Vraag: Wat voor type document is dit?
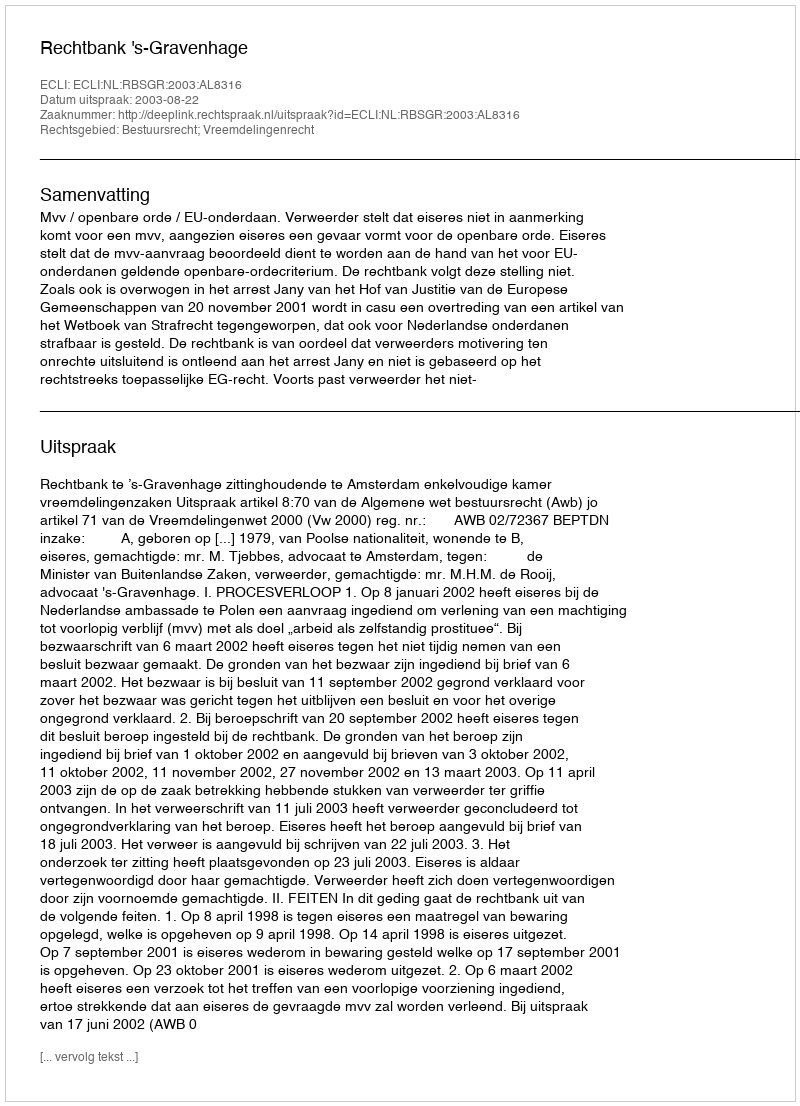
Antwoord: Uitspraak